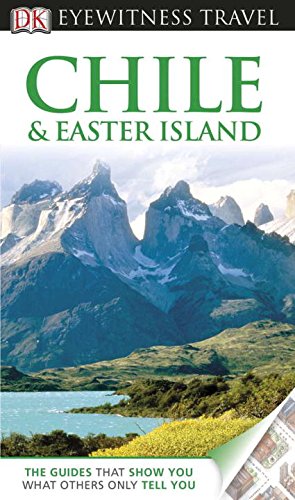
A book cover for Chile & Easter Island (EYEWITNESS TRAVEL GUIDE); Dorling Kindersley; Travel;